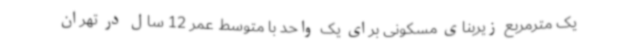
یک مترمربع زیربنای مسکونی برای یک واحد با متوسط عمر 12 سال در تهران